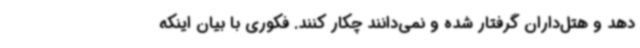
دهد و هتل‌داران گرفتار شده‌ و نمی‌دانند چکار کنند. فکوری با بیان اینکه